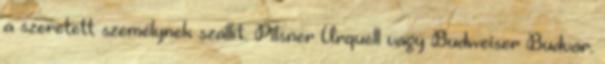
a szeretett személynek szállít. Pilsner Urquell vagy Budweiser Budvar.